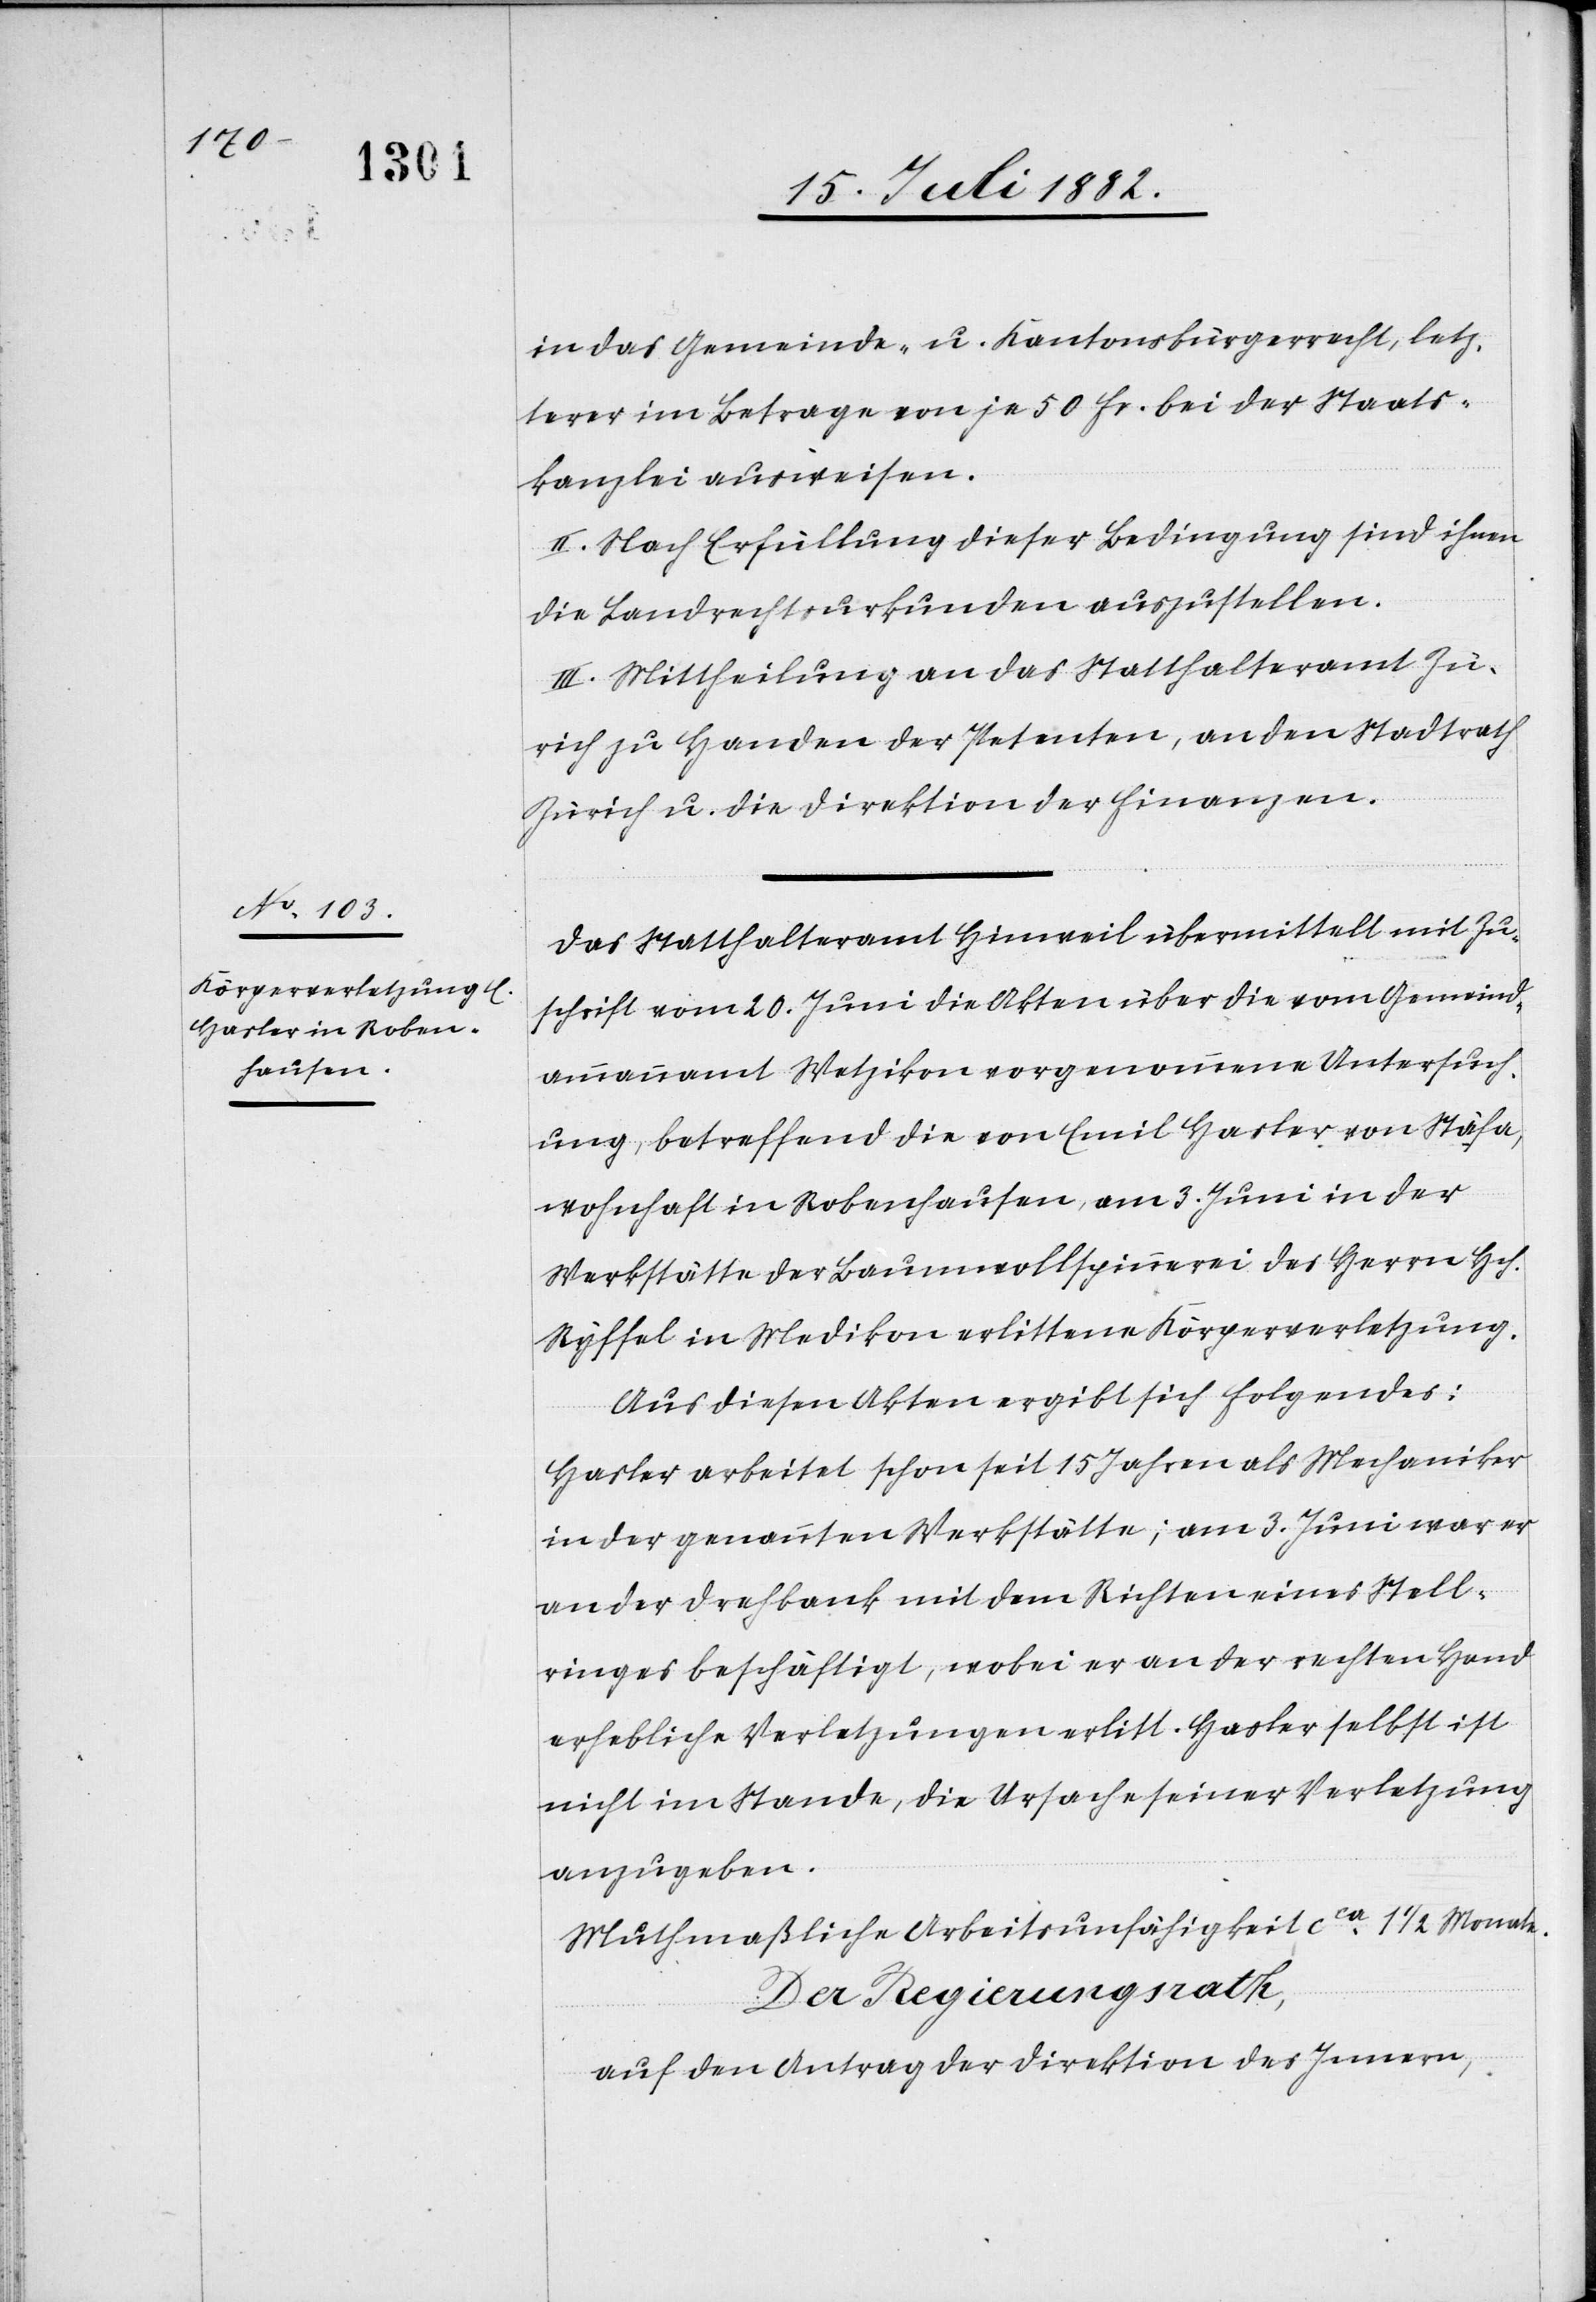
in das Gemeinde- u. Kantonsbürgerrecht, letz¬
teres im Betrage von je 50 Fr. bei der Staats¬
kanzlei ausweisen.
II. Nach Erfüllung dieser Bedingung sind ihnen
die Landrechtsurkunden auszustellen.
III. Mittheilung an das Statthalteramt Zü¬
rich zu Handen der Petenten, an den Stadtrath
Zürich u. die Direktion der Finanzen.
Das Statthalteramt Hinweil übermittelt mit Zu¬
schrift vom 20. Juni die Akten über die vom Gemeind¬
ammannamt Wetzikon vorgenommene Untersuch¬
ung, betreffend die von Emil Hasler von Stäfa,
wohnhaft in Robenhausen, am 3. Juni in der
Werkstätte der Baumwollspinnerei des Herrn Hch.
Ryffel in Medikon erlittene Körperverletzung.
Aus diesen Akten ergibt sich Folgendes:
Hasler arbeitet schon seit 15 Jahren als Mechaniker
in der genannten Werkstätte; am 3. Juni war er
an der Drehbank mit dem Richten eines Stell¬
ringes beschäftigt, wobei er an der rechten Hand
erhebliche Verletzungen erlitt. Hasler selbst ist
nicht im Stande, die Ursache seiner Verletzung
anzugeben.
Muthmaßliche Arbeitsunfähigkeit ca 1 1/2 Monate.
Der Regierungsrath,
auf den Antrag der Direktion des Innern,